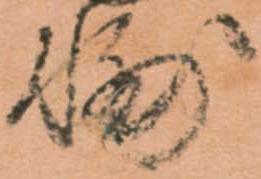
輔